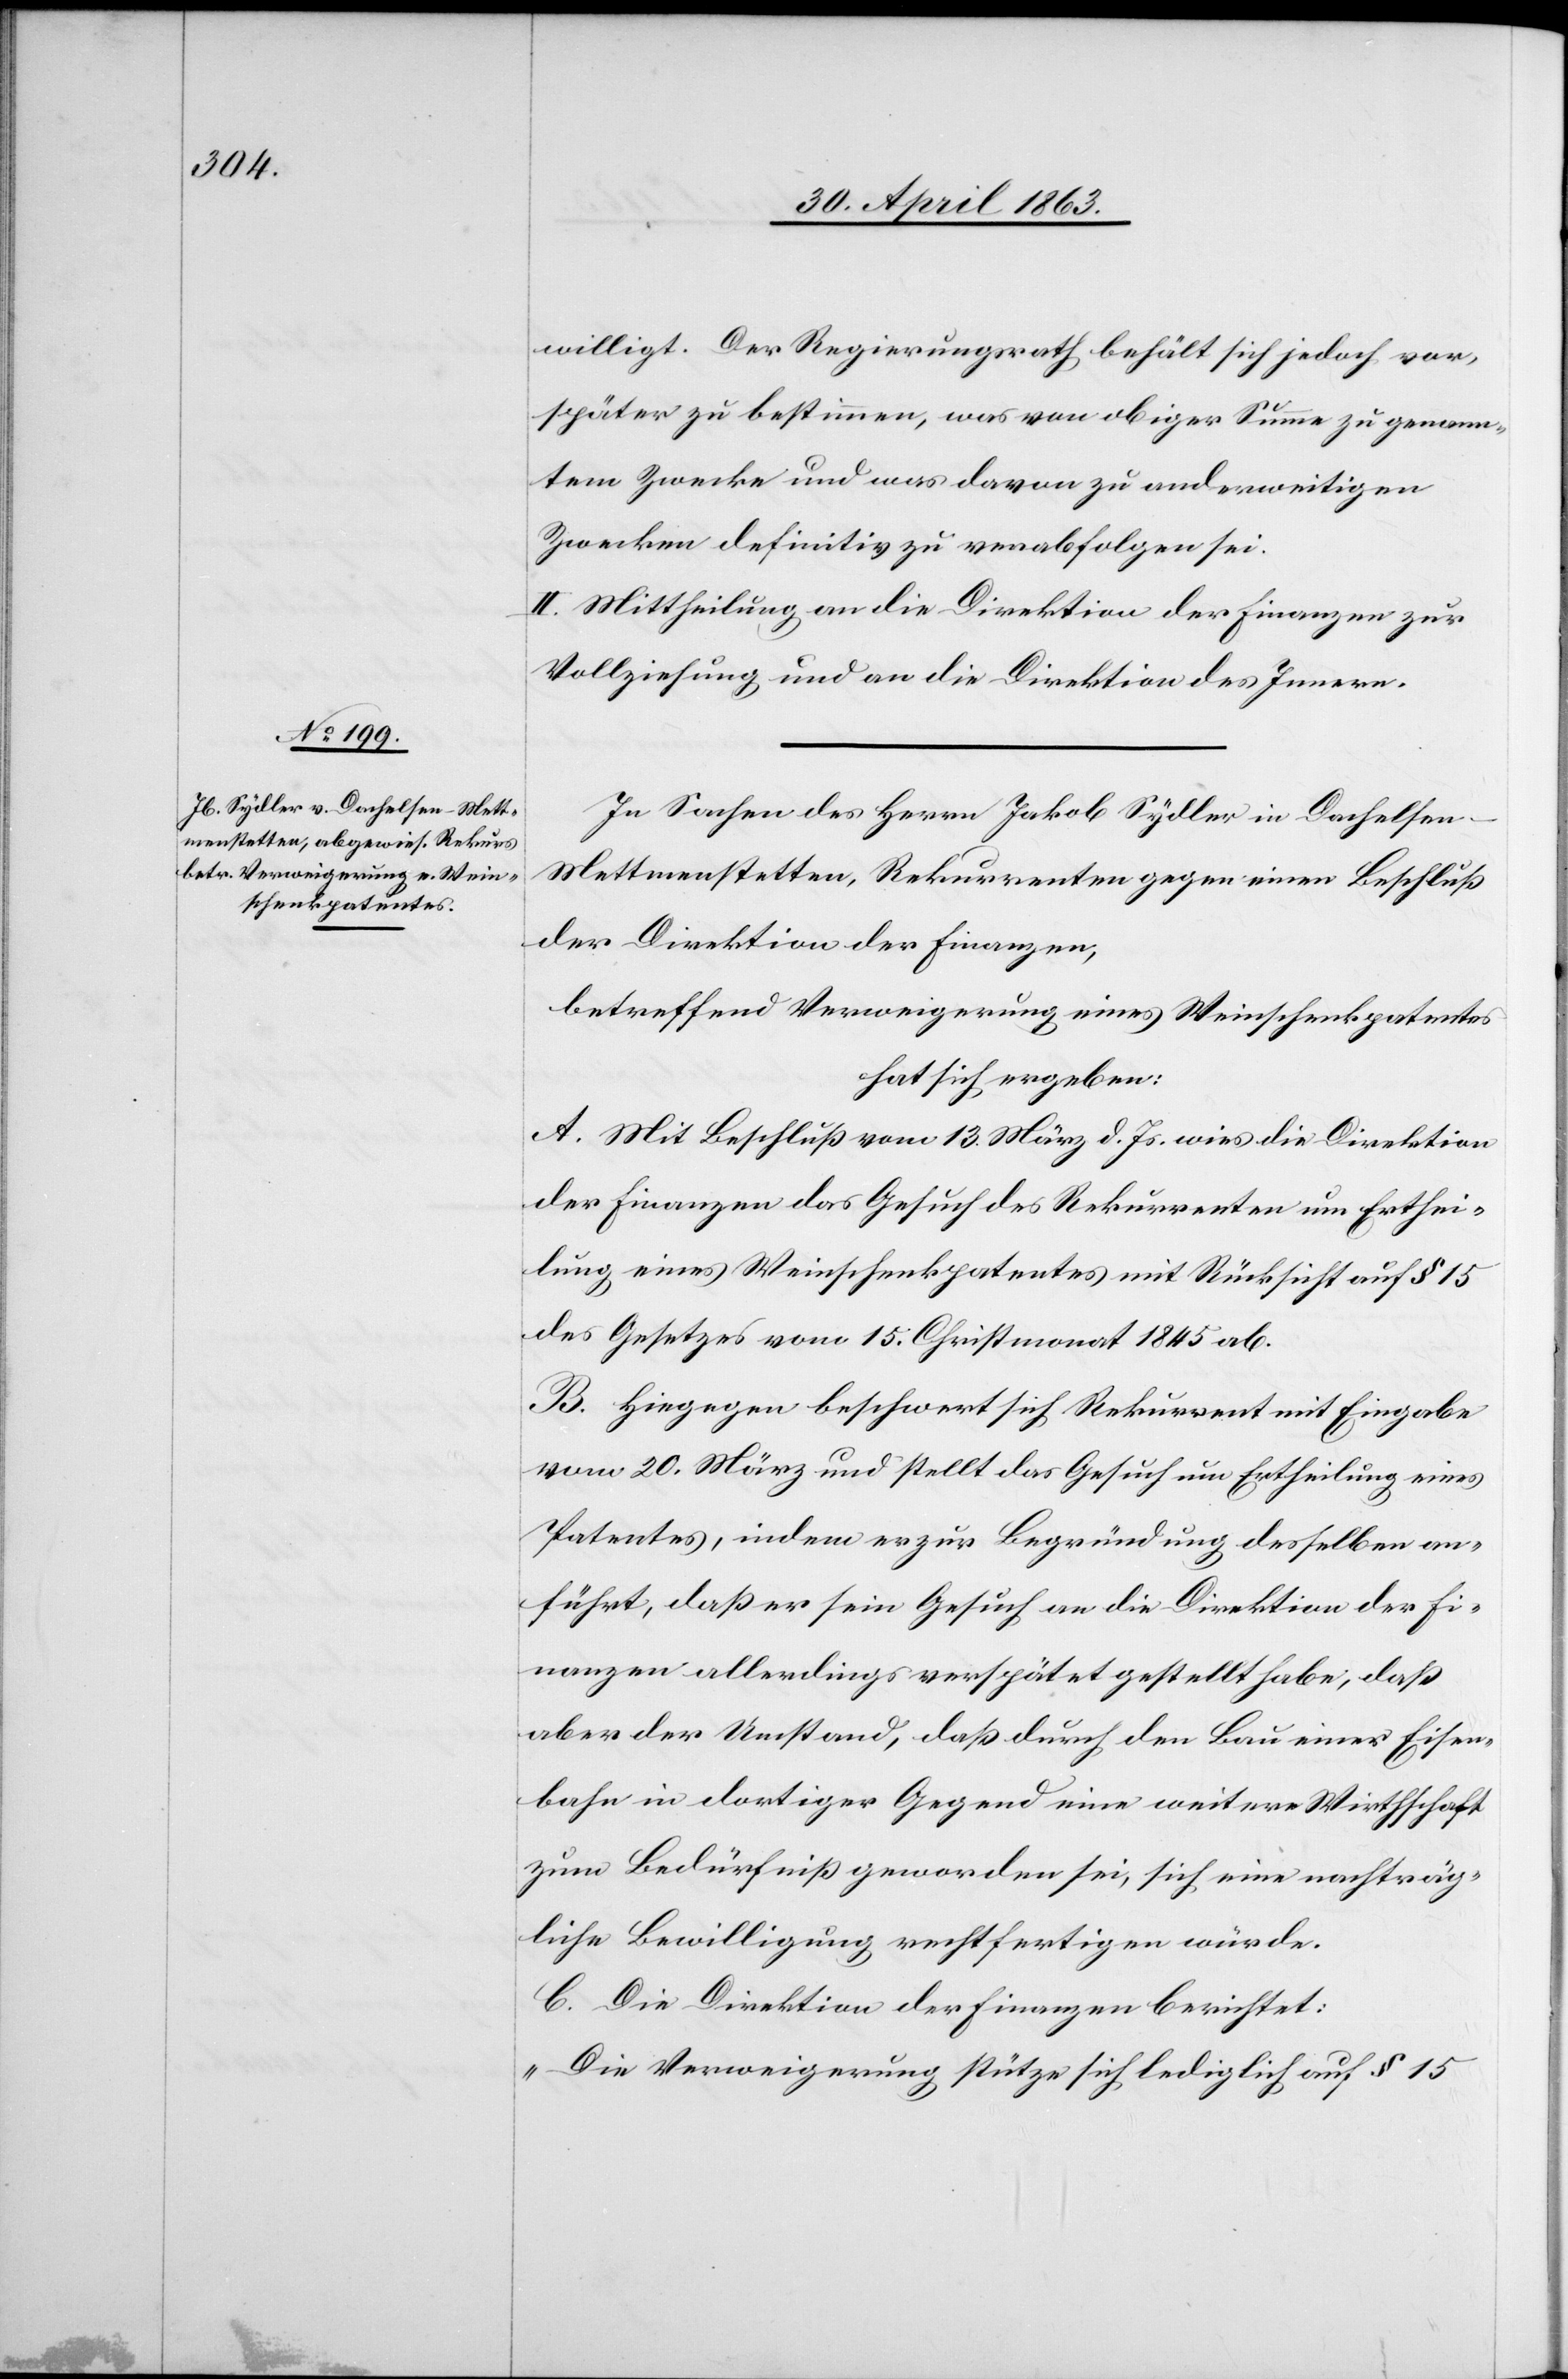
willigt. Der Regierungsrath behält sich jedoch vor,
später zu bestimmen, was von obiger Summe zu genann¬
tem Zwecke und was davon zu anderweitigen
Zwecken definitiv zu verabfolgen sei.
II. Mittheilung an die Direktion der Finanzen zur
Vollziehung und an die Direktion des Innern.
In Sachen des Herrn Jakob Sydler in Dachelsen-M¬
ettmenstetten, Rekurrenten gegen einen Beschluß
der Direktion der Finanzen,
betreffend Verweigerung eines Weinschenkpatentes
hat sich ergeben:
A. Mit Beschluß vom 13. März d. Js. wies die Direktion
der Finanzen das Gesuch des Rekurrenten um Erthei¬
lung eines Weinschenkpatentes mit Rücksicht auf § 15
des Gesetzes vom 15. Christmonat 1845 ab.
B. Hiegegen beschwert sich Rekurrent mit Eingabe
vom 20. März und stellt das Gesuch um Ertheilung eines
Patentes, indem er zur Begründung desselben an¬
führt, daß er sein Gesuch an die Direktion der Fi¬
nanzen allerdings verspätet gestellt habe, daß
aber der Umstand, daß durch den Bau einer Eisen¬
bahn in dortiger Gegend eine weitere Wirthschaft
zum Bedürfniß geworden sei, sich eine nachträg¬
liche Bewilligung rechtfertigen würde.
C. Die Direktion der Finanzen berichtet:
„Die Verweigerung stütze sich lediglich auf § 15